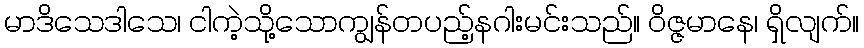
မာဒိသေဒါသေ၊ ငါကဲ့သို့သောကျွန်တပည့်နဂါးမင်းသည်။ ဝိဇ္ဇမာနေ၊ ရှိလျက်။